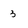
Character: 3